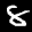
Label: 8